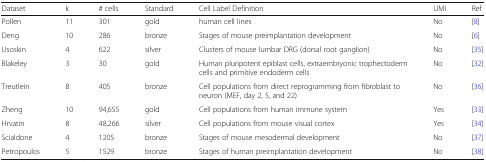
<table><thead><tr><td><b>Dataset</b></td><td><b>k</b></td><td><b># cells</b></td><td><b>Standard</b></td><td><b>Cell Label Definition</b></td><td><b>UMI</b></td><td><b>Ref</b></td></tr></thead><tbody><tr><td>Pollen</td><td>11</td><td>301</td><td>gold</td><td>human cell lines</td><td>No</td><td>[8]</td></tr><tr><td>Deng</td><td>10</td><td>286</td><td>bronze</td><td>Stages of mouse preimplantation development</td><td>No</td><td>[6]</td></tr><tr><td>Usoskin</td><td>4</td><td>622</td><td>silver</td><td>Clusters of mouse lumbar DRG (dorsal root ganglion)</td><td>No</td><td>[35]</td></tr><tr><td>Blakeley</td><td>3</td><td>30</td><td>gold</td><td>Human pluripotent epiblast cells, extraembryonic trophectoderm cells and primitive endoderm cells</td><td>No</td><td>[32]</td></tr><tr><td>Treutlein</td><td>8</td><td>405</td><td>bronze</td><td>Cell populations from direct reprogramming from fibroblast to neuron (MEF, day 2, 5, and 22)</td><td>No</td><td>[36]</td></tr><tr><td>Zheng</td><td>10</td><td>94,655</td><td>gold</td><td>Cell populations from human immune system</td><td>Yes</td><td>[33]</td></tr><tr><td>Hrvatin</td><td>8</td><td>48,266</td><td>silver</td><td>Cell populations from mouse visual cortex</td><td>Yes</td><td>[34]</td></tr><tr><td>Scialdone</td><td>4</td><td>1205</td><td>bronze</td><td>Stages of mouse mesodermal development</td><td>No</td><td>[37]</td></tr><tr><td>Petropoulos</td><td>5</td><td>1529</td><td>bronze</td><td>Stages of human preimplantation development</td><td>No</td><td>[38]</td></tr></tbody></table>